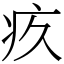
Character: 疚